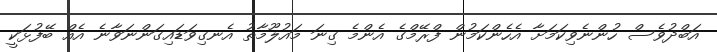
އަބްދުވެސް ހުންނެވިކަމަށާ އެހެންކަމުން ފްރޭމްގެ އެންމެ ގިނަ މައުލޫމާތު އެނގިވަޑައިގަންނަވާނެ އެއް ބޭފުޅަކީ